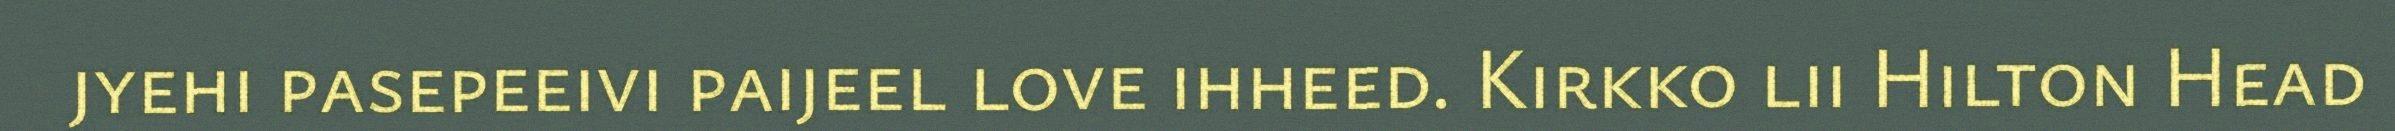
jyehi pasepeeivi paijeel love ihheed. Kirkko lii Hilton Head